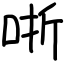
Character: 哳